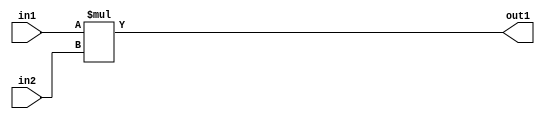
`timescale 1ps / 1ps
/*****************************************************************************
    Verilog RTL Description
    
    
    Created by: Stratus DpOpt 2019.1.01 
*******************************************************************************/

module st_feature_addr_gen_Mul_16Ux16U_16U_4_0 (
	in2,
	in1,
	out1
	); /* architecture "behavioural" */ 
input [15:0] in2,
	in1;
output [15:0] out1;
wire [15:0] asc001;

assign asc001 = 
	+(in1 * in2);

assign out1 = asc001;
endmodule

/* CADENCE  ubHxSQA= : u9/ySgnWtBlWxVPRXgAZ4Og= ** DO NOT EDIT THIS LINE ******/